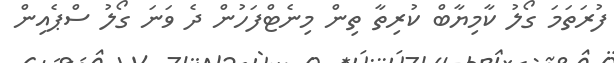
ފުރަތަމަ ގޯލު ކާމިޔާބް ކުރިތާ ތިން މިނެޓްފަހުން ދެ ވަނަ ގޯލު ސްޕެއިން